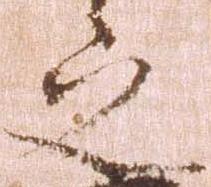
之